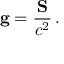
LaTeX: \mathbf { g } = { \frac { \mathbf { S } } { c ^ { 2 } } } \, .